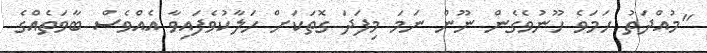
"މުއްދަތު ހަމަވެ ހޫނުވެގެން ނޫން ނަމަ މިފަދަ ގޮތަކަށް ހަލާކުވެފައިވާ އެއްވެސް ބާވަތެއްގެ